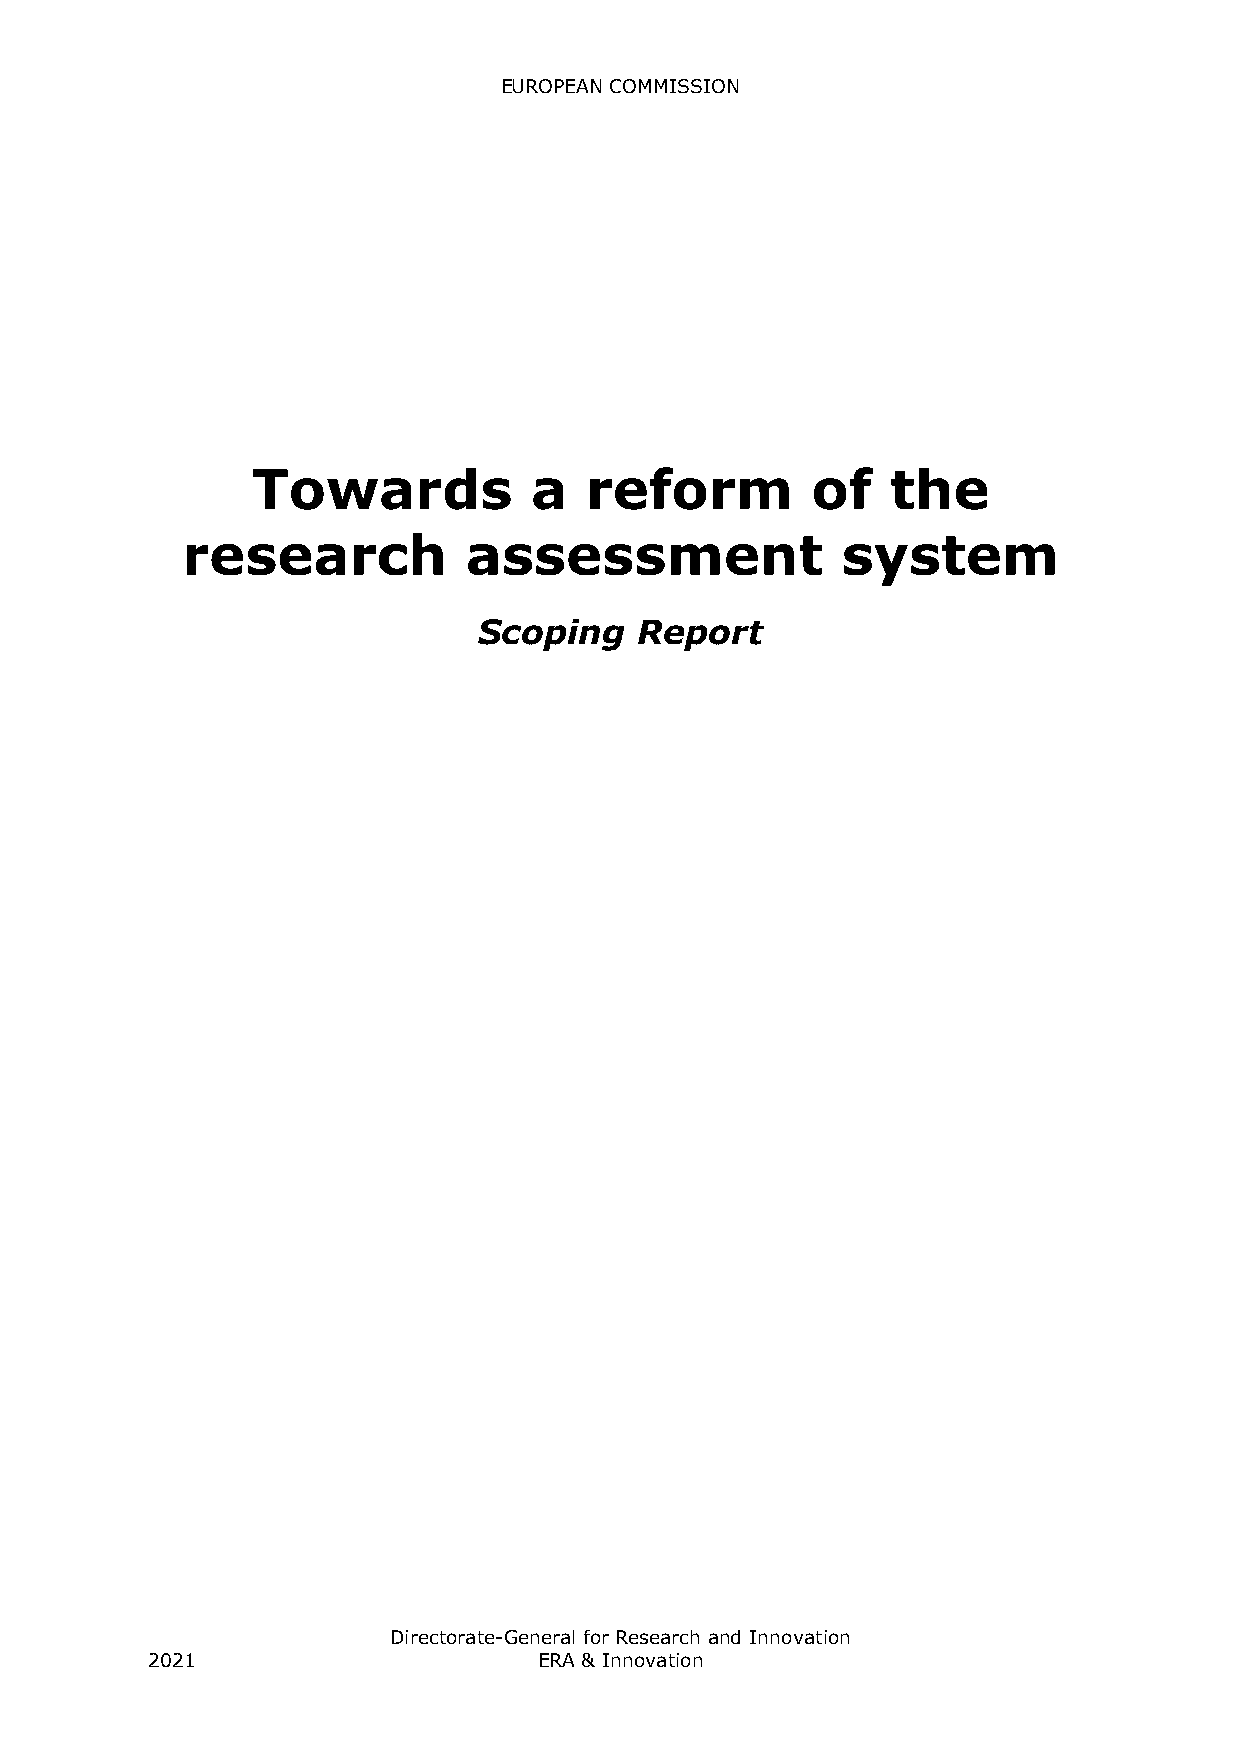
EUROPEAN COMMISSION
 Towards           a   reform         of   the
 research           assessment               system
 Scoping   Report
 Directorate-General for Research and Innovation
 2021                      ERA & Innovation